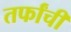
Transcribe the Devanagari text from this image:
तर्फांची